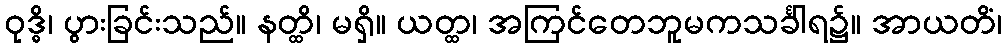
ဝုဒ္ဓိ၊ ပွားခြင်းသည်။ နတ္ထိ၊ မရှိ။ ယတ္ထ၊ အကြင်တေဘူမကသင်္ခါရ၌။ အာယတိံ၊